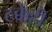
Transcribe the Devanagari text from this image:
टक्केही